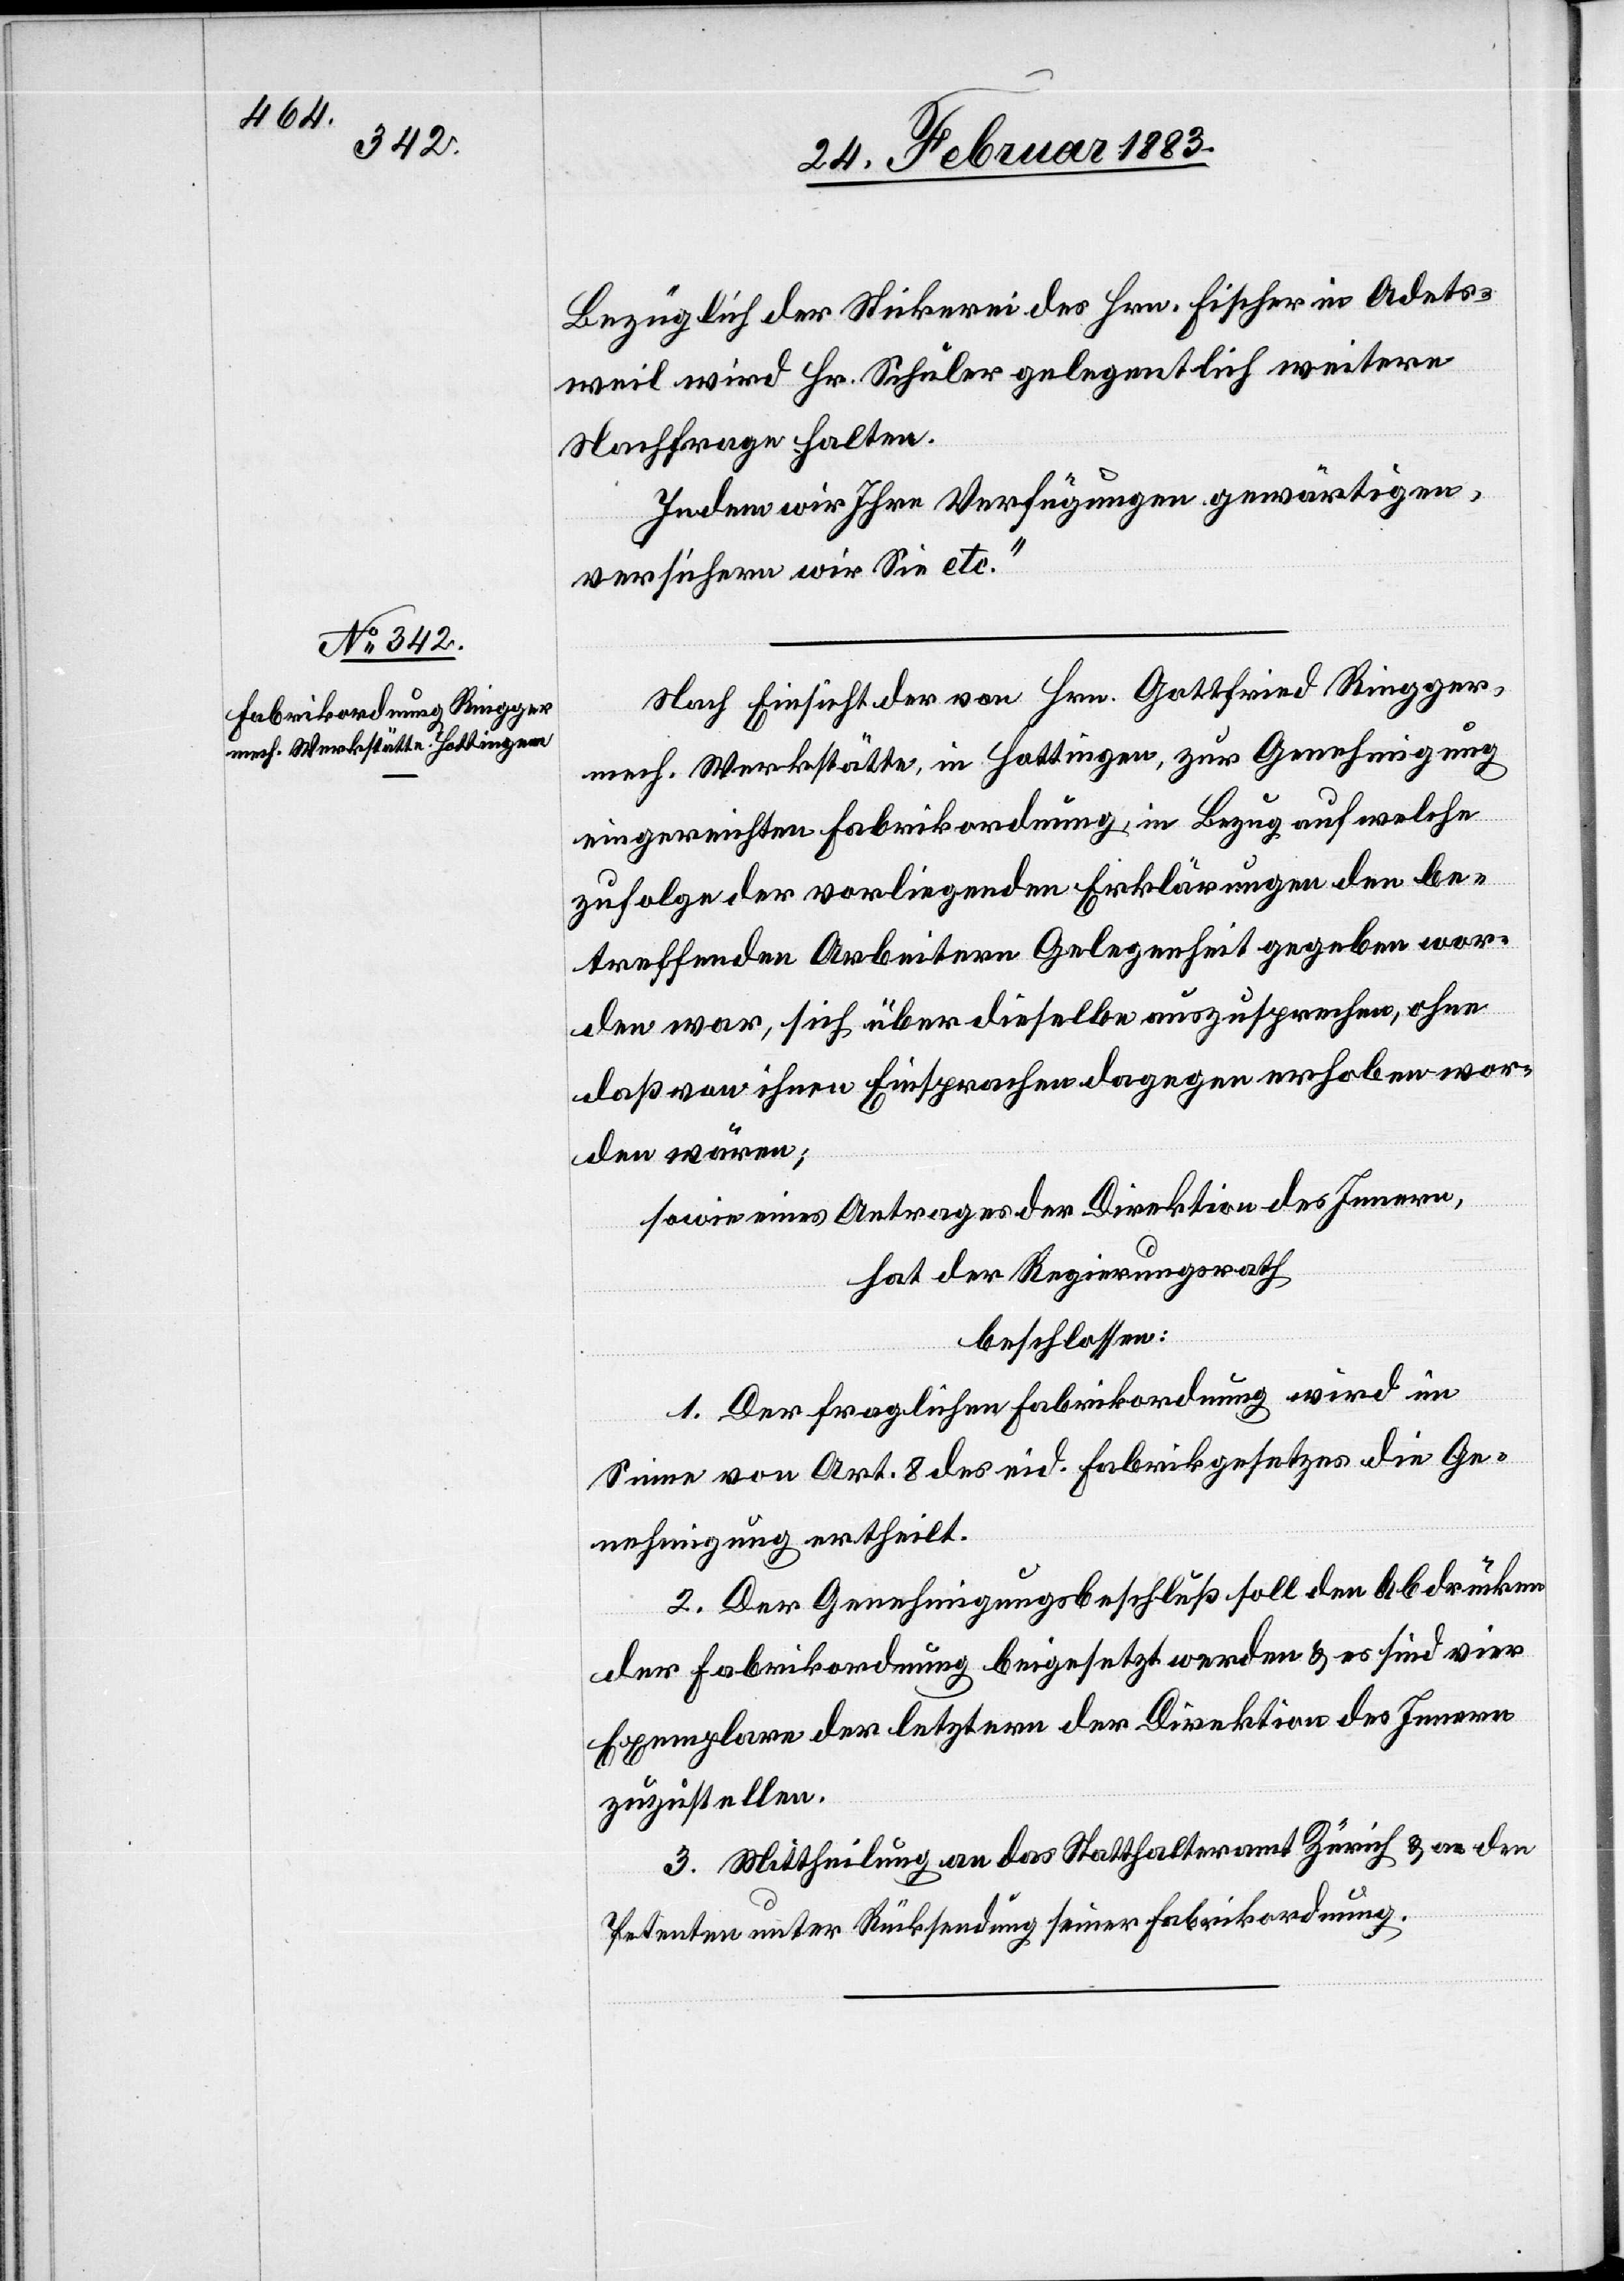
Nach Einsicht der von Hrn. Gottfried Ringger,
mech. Werkstätte, in Hottingen, zur Genehmigung
eingereichten Fabrikordnung, in Bezug auf welche
zufolge der vorliegenden Erklärungen den be¬
treffenden Arbeitern Gelegenheit gegeben wor¬
den war, sich über dieselbe auszusprechen, ohne
daß von ihnen Einsprachen dagegen erhoben wor¬
den wären;
sowie eines Antrages der Direktion des Innern,
hat der Regierungsrath
beschlossen:
1. Der fraglichen Fabrikordnung wird im
Sinne von Art. 8 des eid. Fabrikgesetzes die Ge¬
nehmigung ertheilt.
2. Der Genehmigungsbeschluß soll den Abdrücken
der Fabrikordnung beigesetzt werden & es sind vier
Exemplare der letztern der Direktion des Innern
zuzustellen.
3. Mittheilung an das Statthalteramt Zürich & an den
Petenten unter Rücksendung seiner Fabrikordnung.